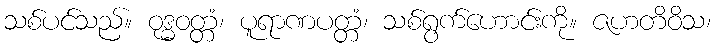
သစ်ပင်သည်။ ဝုဒ္ဓဝတ္တံ၊ ပူရာဏပတ္တံ၊ သစ်ရွက်ဟောင်းကို။ ဇဟတိဝိသ၊